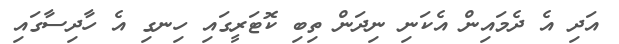
އަދި އެ ދެމައިން އެކަނި ނިދަން ތިބި ކޮޓަރީގައި ހިނގި އެ ހާދިސާގައި